Vaccination in Bombay 1902-1912 - 1902-1912
Year: 1902
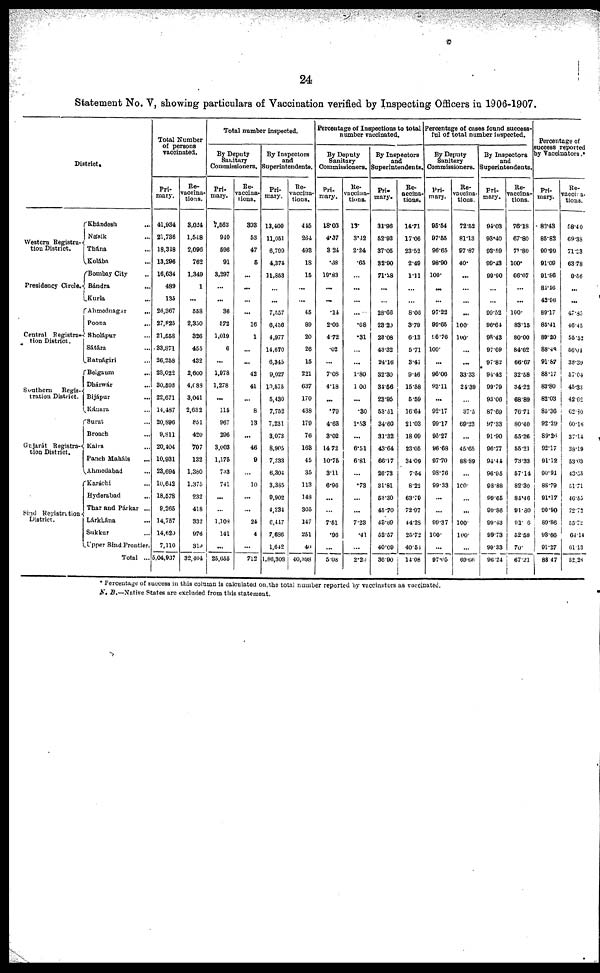
24
Statement No. V, showing particulars of Vaccination verified by Inspecting Officers in 1906-1907.
District.
Western Registra-
tion District.
Presidency Circle.
Central Registra-
tion District.
Southern
Regis-
tration District.
Gujarát Registra-
tion District.
Sind Registration
District.
Khándesh ...
Násik ...
Thána ...
Kolába ...
Bombay City ...
Bandra ...
Kurla ...
Ahmednagar
...
Poona ...
Sholápur ...
Sátára ...
Ratnágiri ...
Belgaum
...
Dhárwár ...
Bijápur ...
Kánara ...
Surat ...
Broach ...
Kaira ...
Panch Maháls ...
Ahmedabad ...
Karáchi ...
Hyderabad ...
Thar and Párkar ...
Lárkhána ...
Sukkur ...
Upper Sind Frontier.
Total ...
Total Number
of persons
vaccinated.
Pri-
mary.
41,934
21,736
18,348
13,296
16,634
489
135
26,367
27,825
21,558
33,871
26,258
28,022
30,508
22,671
14,487
20,896
9,811
20,404
10,931
23,694
10,642
18,578
9,265
14,757
14,620
7,110
5,04,937
Re-
vaccina-
tions.
3,024
1,548
2,096
762
1,349
1
...
558
2,350
326
455
432
2,600
4,088
3,041
2,632
851
420
707
132
1,380
1,375
232
418
382
976
319
32,404
Total number inspected.
By Deputy
Sanitary
Commissioners.
Pri-
mary.
7,563
940
596
91
3,297
...
...
36
572
1,019
6
...
1,978
1,278
...
115
967
296
3,003
1,175
733
741
...
...
1,108
141
...
25,655
Re-
vaccina-
tions.
393
53
47
5
...
...
...
...
16
1
...
...
42
41
...
8
13
...
46
9
...
10
...
...
24
4
...
712
By Inspectors
and
Superintendents.
Pri-
mary.
13,400
11,051
8,799
4,374
11,853
...
...
7,557
6,456
4,977
14,670
6,345
9,027
10,575
5,430
7,753
7,231
3,073
8,905
7,233
6,304
3,385
9,902
4,234
6,447
7,686
1,642
1,86,308
Re-vaccina-
tions.
445
264
493
18
15
...
...
45
89
20
26
15
221
637
170
438
179
76
163
45
35
113
148
305
147
251
40
40,398
Percentage of Inspections to total
number vaccinated.
By Deputy
Sanitary
Commissioners.
Pri-
mary.
18.03
4.37
3.24
.68
19.83
...
...
.14
2.06
472
.02
...
7.08
4.18
...
.79
4.63
3.02
14.72
10.75
3.11
6.96
...
...
7.51
.96
...
5.08
Re-
vaccina-
tions.
13.
3.42
2.24
.65
...
...
...
...
.68
.31
...
...
1.80
1.00
...
.30
1.53
...
6.51
6.81
...
.73
...
...
7.23
.41
...
2.29
By Inspectors
and
Superintendents.
Pri-
mary.
31.96
52.92
37.05
32.90
71.28
...
...
28.68
23.20
28.08
43.32
24.16
32.30
34.56
23.95
53.51
34.60
31.32
43.64
66.17
26.73
31.81
53.30
45.70
48.69
52.57
40.09
36.90
Re-
vaccina-
tions.
14.71
17.06
23.52
2.49
1.11
...
...
8.06
3.79
6.13
5.71
3.47
9.46
15.58
5.59
16.64
21.03
18.09
23.05
34.09
7.54
8.22
63.79
72.97
44.28
25.72
40.54
14.08
Percentage of cases found success-
ful of total number inspected.
By Deputy
Sanitary
Commissioners.
Pri-
mary.
95.54
97.55
96.65
98.90
100.
...
...
97.22
99.65
96.76
100.
...
96.06
93.11
...
92.17
99.17
95.27
96.68
97.70
98.76
99.33
...
...
99.37
100.
...
97.05
Re-
vaccina-
tions.
72.52
81.13
97.87
40.
...
...
...
...
100.
100.
...
...
33.33
24.39
...
37.5
69.23
...
45.65
88.89
...
100.
...
...
100.
100.
...
69.66
By Inspectors
and
Superintendents.
Pri-
mary.
94.03
93.40
93.59
99.43
99.90
...
...
99.52
96.64
98.43
97.69
97.82
94.42
99.79
93.06
87.69
97.33
91.90
96.77
94.44
96.95
98.88
99.65
99.86
99.43
99.73
99.33
96.24
Re-
vaccina-
tions.
76.18
67.80
71.80
100.
66.67
...
...
100.
83.15
80.00
84.62
66.67
32.58
34.22
68.89
76.71
80.40
55.26
55.21
73.33
57.14
82.30
84.46
91.80
91.06
52.59
70.
67.21
Percentage of
success reported
by Vaccinators.*
Pri-
mary.
83.43
85.82
90.99
91.09
91.86
84.46
42.96
89.17
85.41
89.20
88.48
91.87
88.17
83.80
82.03
85.36
92.29
89.26
92.17
91.12
90.91
88.79
91.17
90.90
89.86
93.66
91.27
88.47
Re-
vaccina-
tions.
58.40
69.38
71.23
63.78
9.56
...
...
47.85
46.45
55.52
56.04
38.39
57.04
45.33
42.62
62.80
60.16
37.14
38.19
53.03
43.55
51.71
46.55
72.72
55.72
64.14
61.13
52.26
* Percentage of success in this column is calculated on the total number reported by vaccinators as vaccinated.
N. B.—Native States are excluded from this statement.